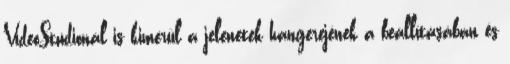
VideoStudionál is kimerül a jelenetek hangerejének a beállításában és